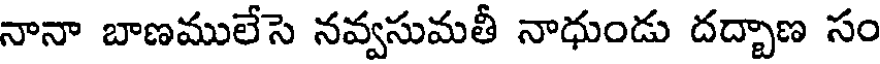
నానా బాణములేసె నవ్వసుమతీ నాధుండు దద్చాణ సం